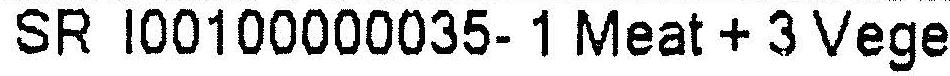
SR I00100000035- 1 MEAT + 3 VEGE